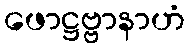
ဖောဋ္ဌဗ္ဗာနာဟံ